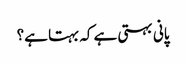
پانی بہتی ہے کہ بہتا ہے؟